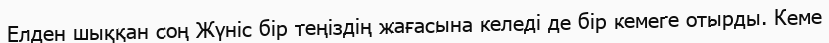
Елден шыққан соң Жүніс бір теңіздің жағасына келеді де бір кемеге отырды. Кеме